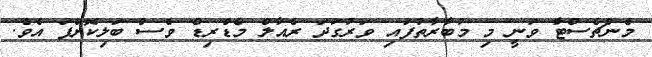
މެންޗެސްޓާ ވަނީ މި މުބާރާތުފައި ވަރުގަދަ ރެއާލް މެޑްރިޑް ވެސް ބަލިކޮށްފަ އެވެ.